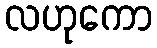
လဟုကော